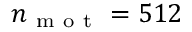
n _ { \mathrm { ~ m ~ o ~ t ~ } } = 5 1 2